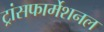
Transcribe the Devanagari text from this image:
ट्रांसफार्मेशनल